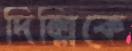
দিল্লিকে